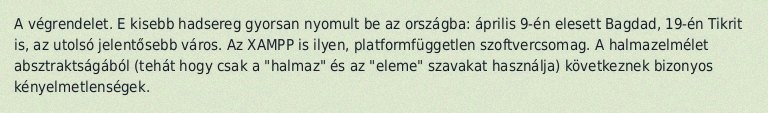
A végrendelet. E kisebb hadsereg gyorsan nyomult be az országba: április 9-én elesett Bagdad, 19-én Tikrit is, az utolsó jelentősebb város. Az XAMPP is ilyen, platformfüggetlen szoftvercsomag. A halmazelmélet absztraktságából (tehát hogy csak a "halmaz" és az "eleme" szavakat használja) következnek bizonyos kényelmetlenségek.